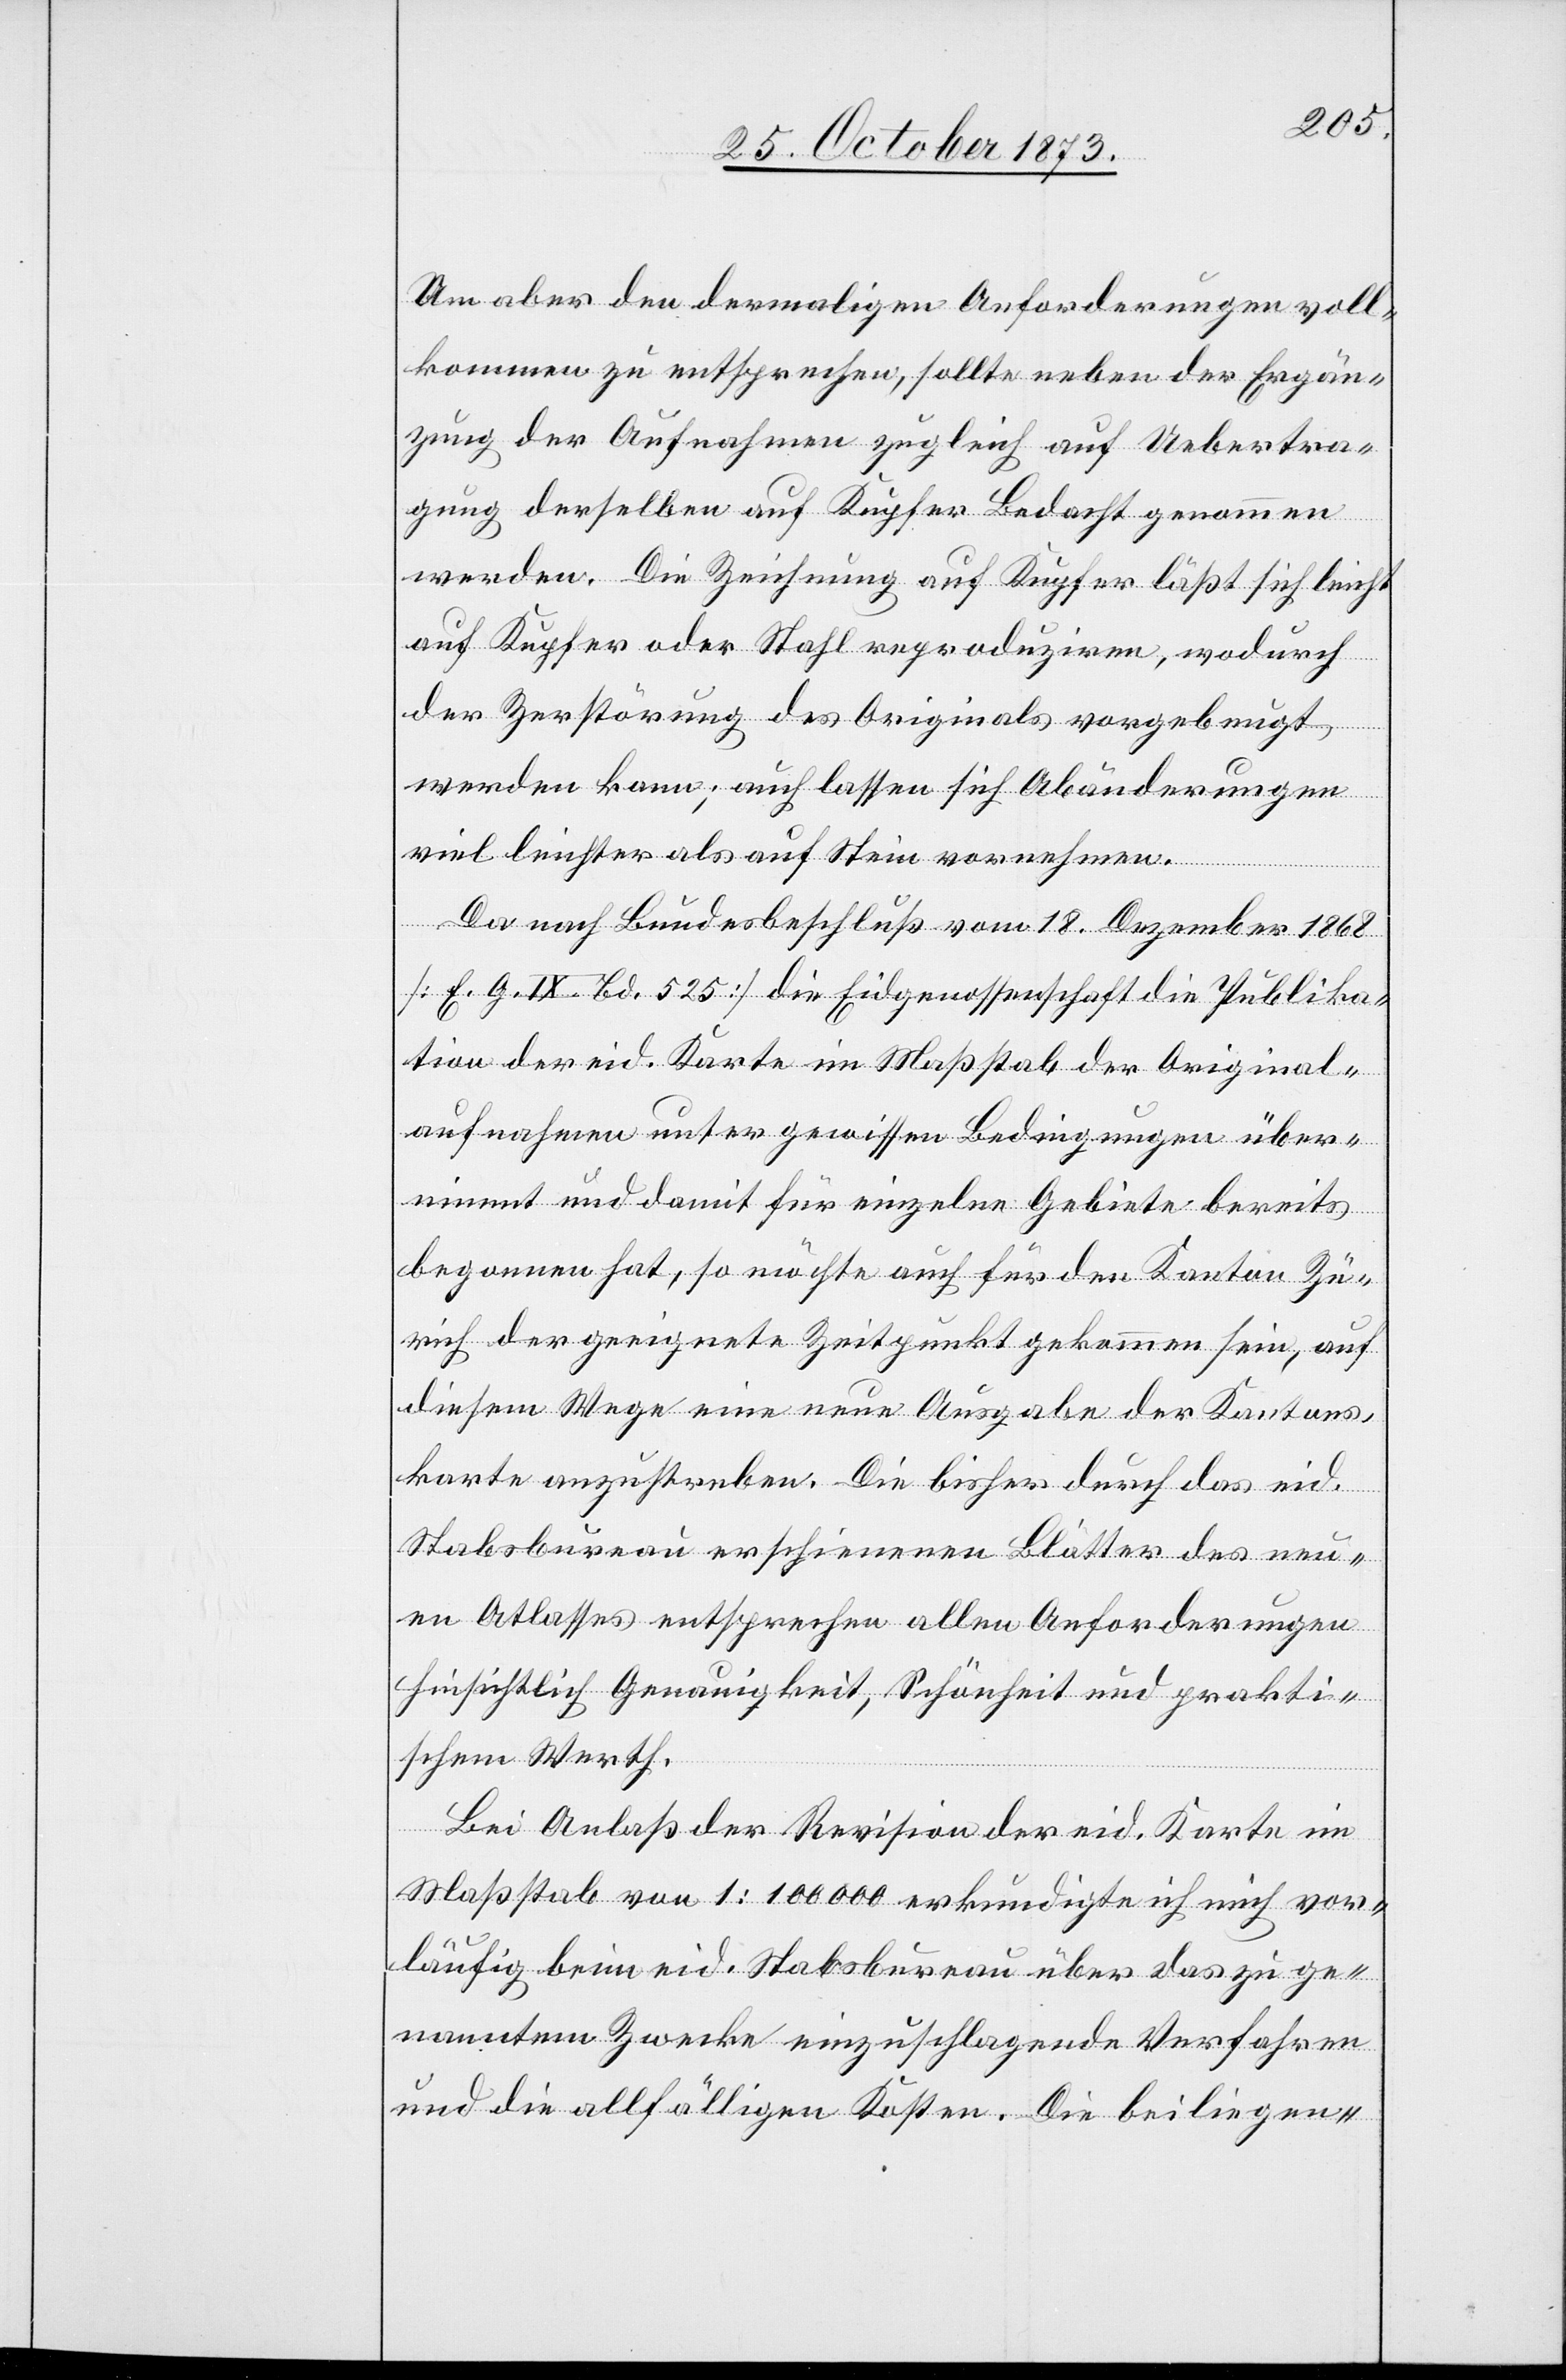
Um aber den dermaligen Anforderungen voll¬
kommen zu entsprechen, sollte neben der Ergän¬
zung der Aufnahmen zugleich auf Uebertra¬
gung derselben auf Kupfer Bedacht genommen
werden. Die Zeichnung auf Kupfer läßt sich leicht
auf Kupfer oder Stahl reproduziren, wodurch
der Zerstörung des Originals vorgebeugt
werden kann; auch lassen sich Abänderungen
viel leichter als auf Stein vornehmen.
Da nach Bundesbeschluß vom 18. Dezember 1868
[E. G. IX. Bd. 525] die Eidgenossenschaft die Publika¬
tion der eid. Karte im Maßstab der Original¬
aufnahmen unter gewissen Bedingungen über¬
nimmt und damit für einzelne Gebiete bereits
begonnen hat, so möchte auch für den Kanton Zü¬
rich der geeignete Zeitpunkt gekommen sein, auf
diesem Wege eine neue Ausgabe der Kantons¬
karte anzustreben. Die bisher durch das eid.
Stabsbureau erschienenen Blätter des neu¬
en Atlasses entsprechen allen Anforderungen
hinsichtlich Genauigkeit, Schönheit und prakti¬
schem Werth.
Bei Anlaß der Revision der eid. Karte im
Maßstab von 1:100 000 erkundigte ich mich vor¬
läufig beim eid. Stabsbureau über das zu ge¬
nanntem Zwecke einzuschlagende Verfahren
und die allfälligen Kosten. Die beiliegen-